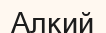
Алкий